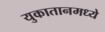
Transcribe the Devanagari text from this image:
युकातानमध्ये